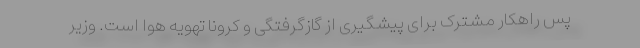
پس راهکار مشترک برای پیشگیری از گازگرفتگی و کرونا تهویه هوا است. وزیر